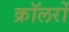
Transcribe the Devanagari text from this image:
क्रॉलरों